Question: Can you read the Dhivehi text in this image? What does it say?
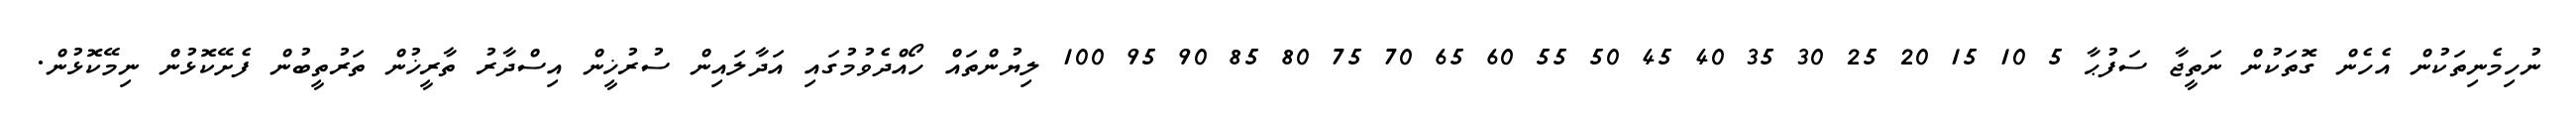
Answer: ނުހިމެނިތަކުން އެހެން ގޮތަކުން ނަތީޖާ ސަފުޙާ 5 10 15 20 25 30 35 40 45 50 55 60 65 70 75 80 85 90 95 100 ލިޔުންތައް ހޯއްދެވުމުގައި އަދާލައިން ސުރުޚީން އިސްދާރު ތާރީޚުން ތަރުތީބުން ފެށޭކޮޅުން ނިމޭކޮޅުން.